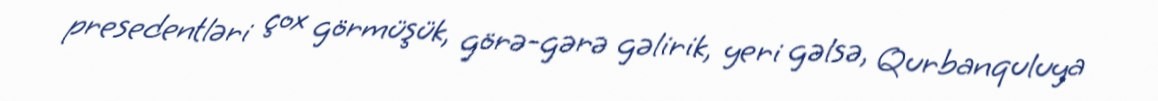
presedentləri çox görmüşük, görə-gərə gəlirik, yeri gəlsə, Qurbanquluya